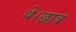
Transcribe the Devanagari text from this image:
थे।छात्र